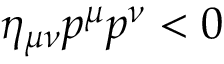
\eta _ { \mu \nu } p ^ { \mu } p ^ { \nu } < 0